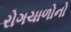
રોગચાળોનો